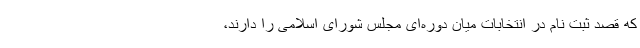
که قصد ثبت نام در انتخابات میان دوره‌ای مجلس شورای اسلامی را دارند،